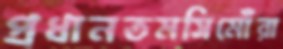
প্রধানতমসিমোঁরা